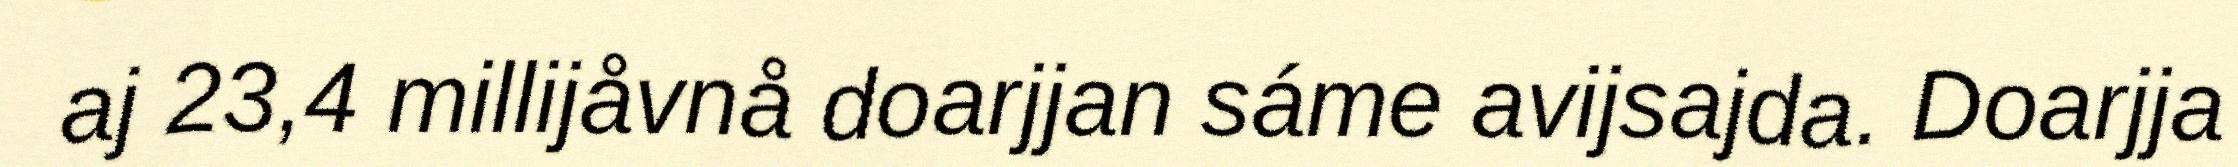
aj 23,4 millijåvnå doarjjan sáme avijsajda. Doarjja